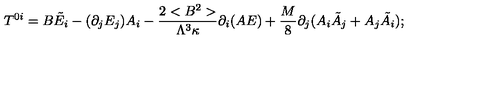
T ^ { 0 i } = B \tilde { E } _ { i } - ( \partial _ { j } E _ { j } ) A _ { i } - \frac { 2 < B ^ { 2 } > } { \Lambda ^ { 3 } \kappa } \partial _ { i } ( A E ) + \frac { M } { 8 } \partial _ { j } ( A _ { i } \tilde { A } _ { j } + A _ { j } \tilde { A } _ { i } ) ;